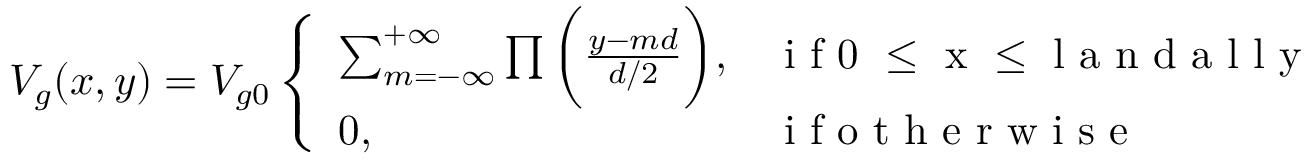
V _ { g } ( x , y ) = V _ { g 0 } \left\{ \begin{array} { l l } { \sum _ { m = - \infty } ^ { + \infty } \prod \bigg ( \frac { y - m d } { d / 2 } \bigg ) , } & { \mathrm { ~ i ~ f ~ 0 ~ \leq ~ x ~ \leq ~ l ~ a ~ n ~ d ~ a ~ l ~ l ~ y ~ } } \\ { 0 , } & { \mathrm { ~ i ~ f ~ o ~ t ~ h ~ e ~ r ~ w ~ i ~ s ~ e ~ } } \end{array} \right.